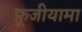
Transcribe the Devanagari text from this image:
फ़ूजीयामा